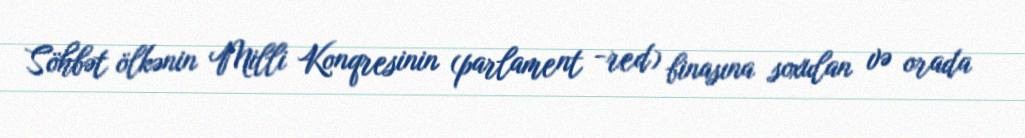
Söhbət ölkənin Milli Konqresinin (parlament -red) binasına soxulan və orada